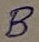
Text: B